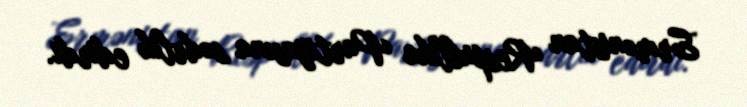
Ermənistan Respublika Partiyasına sədrlik edirdi.